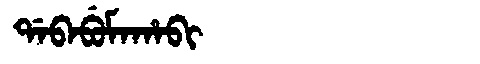
Manchu: ᡩᠠᠪᠠᠪᡠᠮᠠᡥᠠᠪᡳ
Romanization: DABABUMAHABI